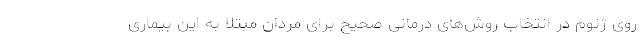
روی ژنوم در انتخاب روش‌های درمانی صحیح برای مردان مبتلا به این بیماری